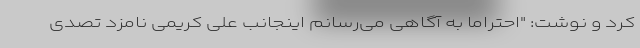
کرد و نوشت: "احتراما به آگاهی می‌رسانم اینجانب علی کریمی نامزد تصدی